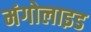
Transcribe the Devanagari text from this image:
मंगोलाइड